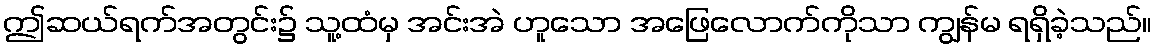
ဤဆယ်ရက်အတွင်း၌ သူ့ထံမှ အင်းအဲ ဟူသော အဖြေလောက်ကိုသာ ကျွန်မ ရရှိခဲ့သည်။